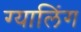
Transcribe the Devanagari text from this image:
ग्यालिंग